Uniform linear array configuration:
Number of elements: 4
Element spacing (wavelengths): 0.25
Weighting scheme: hamming
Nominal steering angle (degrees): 0
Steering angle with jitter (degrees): -1.171
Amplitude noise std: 0.05
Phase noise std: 0.05

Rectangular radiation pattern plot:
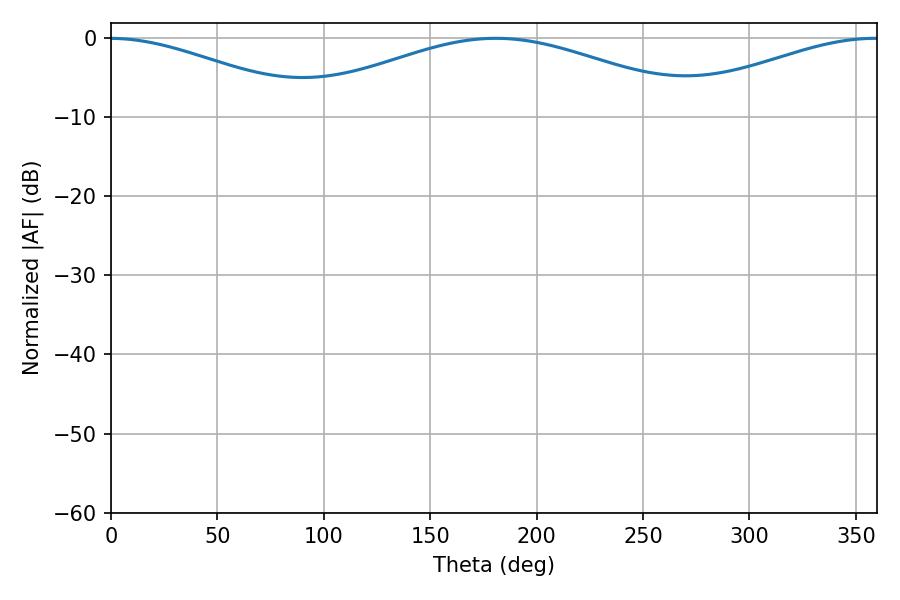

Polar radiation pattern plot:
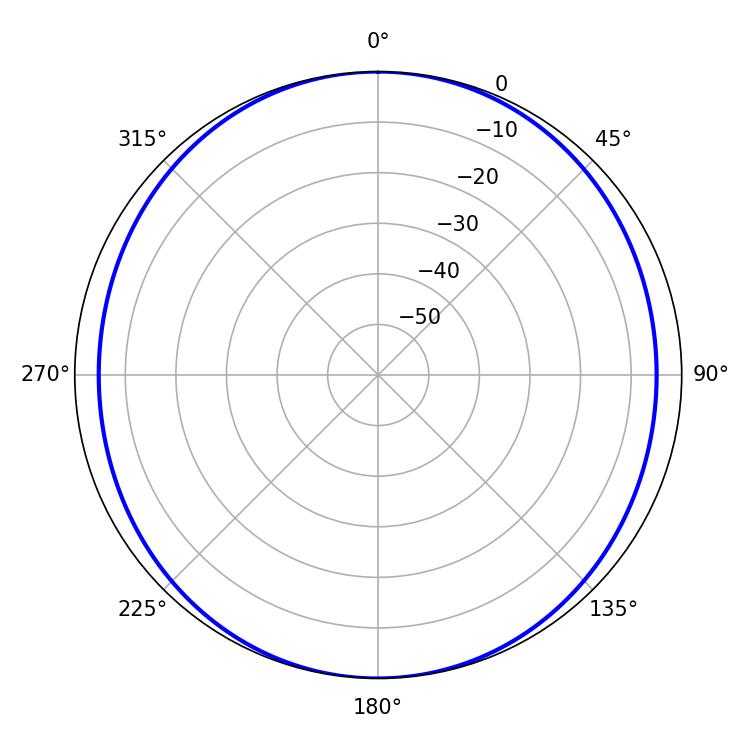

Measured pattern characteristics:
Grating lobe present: FALSE
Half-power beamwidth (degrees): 104.58
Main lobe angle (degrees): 180.9